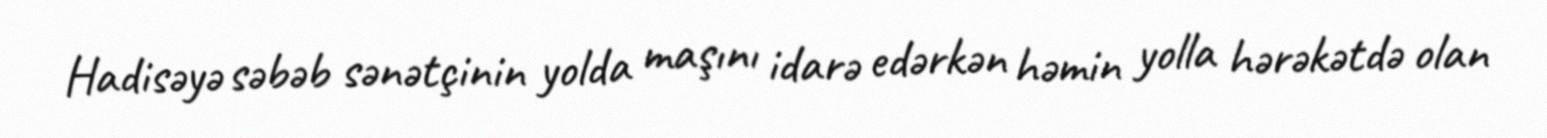
Hadisəyə səbəb sənətçinin yolda maşını idarə edərkən həmin yolla hərəkətdə olan